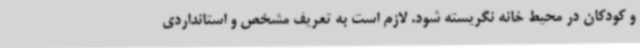
و کودکان در محیط خانه نگریسته شود. لازم است به تعریف مشخص و استانداردی